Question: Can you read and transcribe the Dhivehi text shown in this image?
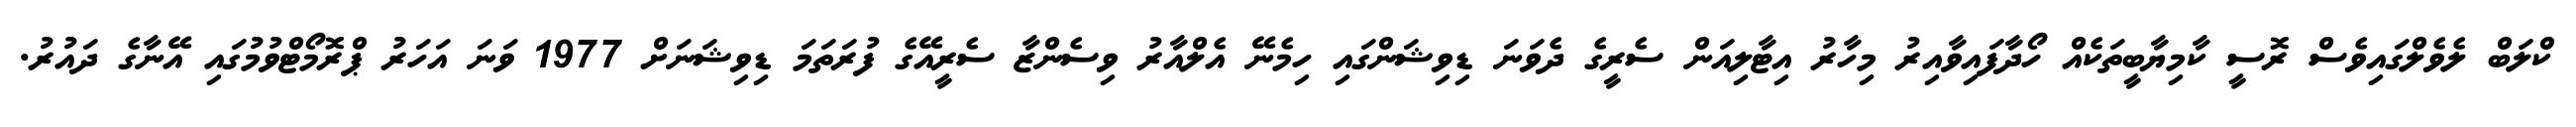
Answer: ކްލަބް ލެވެލްގައިވެސް ރޮސީ ކާމިޔާބީތަކެއް ހޯދާފައިވާއިރު މިހާރު އިޓާލިއަން ސެރީގެ ދެވަނަ ޑިވިޝަންގައި ހިމެނޭ އެލްއާރު ވިސެންޒާ ސެރީއޭގެ ފުރަތަމަ ޑިވިޝަނަށް 1977 ވަނަ އަހަރު ޕްރޮމޯޓްވުމުގައި އޭނާގެ ދައުރު.